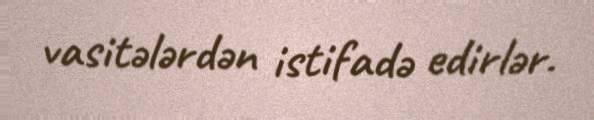
vasitələrdən istifadə edirlər.